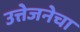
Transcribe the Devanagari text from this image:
उत्तेजनेचा